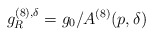
\begin{align*}g_R^{(8),\delta}=g_0/A^{(8)}(p,\delta)\end{align*}